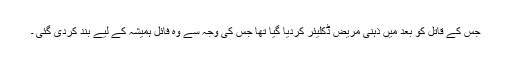
جس کے قاتل کو بعد میں ذہنی مریض ڈکلیئر کردیا گیا تھا جس کی وجہ سے وہ فائل ہمیشہ کے لیے بند کردی گئی ۔